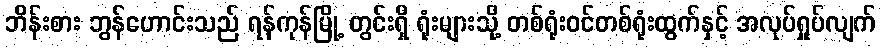
ဘိန်းစား ဘွန်ဟောင်းသည် ရန်ကုန်မြို့ တွင်းရှိ ရုံးများသို့ တစ်ရုံးဝင်တစ်ရုံးထွက်နှင့် အလုပ်ရှုပ်လျက်